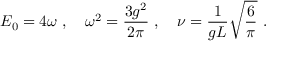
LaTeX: E _ { 0 } = 4 \omega \ , \quad \omega ^ { 2 } = \frac { 3 g ^ { 2 } } { 2 \pi } \ , \quad \nu = \frac { 1 } { g L } \sqrt { \frac { 6 } { \pi } } \ .